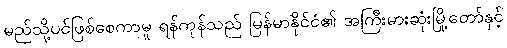
မည်သို့ပင်ဖြစ်စေကာမူ ရန်ကုန်သည် မြန်မာနိုင်ငံ၏ အကြီးမားဆုံးမြို့တော်နှင့်